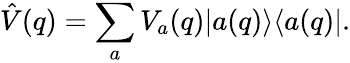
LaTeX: \hat{V}(q)=\sum_{a}V_{a}(q)|a(q)\rangle\langle a(q)|.